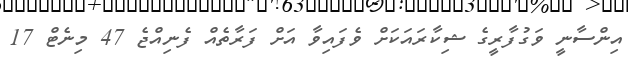
އިންސާނީ ވަގުފާރީގެ ޝިކާރައަކަށް ވެފައިވާ އަށް ފަރާތެއް ފެނިއްޖެ 47 މިނެޓް 17